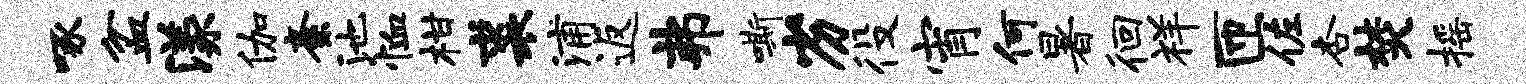
啄盆漾伽紊池恤柑裘浦返弗嘶劣役宵何暑徊祥匝佐杏焚摇